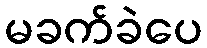
မခက်ခဲပေ